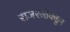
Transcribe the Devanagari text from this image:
राजसत्तेकडून